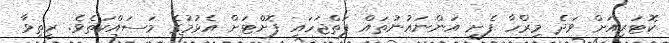
ކޮޓަރިއަށް ވަދެ މިރްހާ ފެށީ އަންނައުނުތައް ފަތްޖަހައި ފޮށްޓަށް އެޅުމުގެ މަސައްކަތެވެ. ރީތިވާ